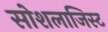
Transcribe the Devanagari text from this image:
सोशलाजिस्ट